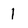
Character: 1